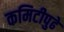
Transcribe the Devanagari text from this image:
कमिटीपुढे